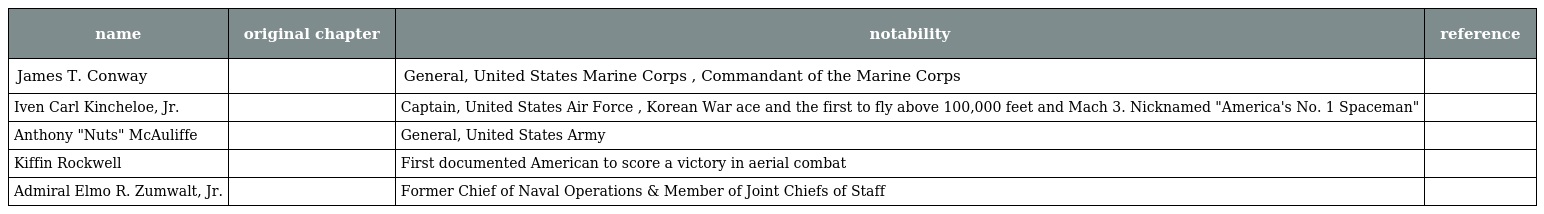
| name | original chapter | notability | reference |
 | --- | --- | --- | --- |
 | James T. Conway |  | General, United States Marine Corps , Commandant of the Marine Corps |  |
 | Iven Carl Kincheloe, Jr. |  | Captain, United States Air Force , Korean War ace and the first to fly above 100,000 feet and Mach 3. Nicknamed "America's No. 1 Spaceman" |  |
 | Anthony "Nuts" McAuliffe |  | General, United States Army |  |
 | Kiffin Rockwell |  | First documented American to score a victory in aerial combat |  |
 | Admiral Elmo R. Zumwalt, Jr. |  | Former Chief of Naval Operations & Member of Joint Chiefs of Staff |  |